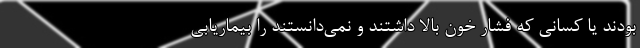
بودند یا کسانی که فشار خون بالا داشتند و نمی‌دانستند را بیماریابی